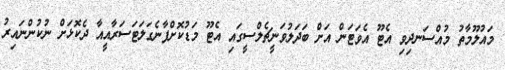
މައުލޫމާތު މުއްސަނދިވި އެޓޫ އެވަޓަން އަށް ބަދަލުވަނީޗެލްސީގައި އެޓޫ މަޑުކޮށްފާނެގަލަޓަސަރާއީއާ ދެކޮޅަށް ނުކުންނައިރު